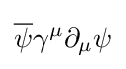
{\overline {\psi }}\gamma ^{\mu }\partial _{\mu }\psi